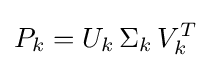
P_{k}=U_{k}\,\Sigma _{k}\,V_{k}^{T}